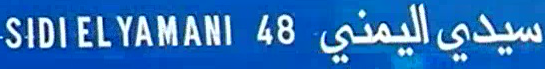
SIDI EL YAMANI 48